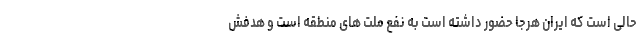
حالی است که ایران هرجا حضور داشته است به نفع ملت های منطقه است و هدفش